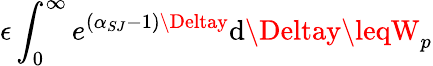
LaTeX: \epsilon\int_{0}^{\infty}e^{(\alpha_{SJ}-1)\Deltay}\mathrm{d}\Deltay\leqW_{p}